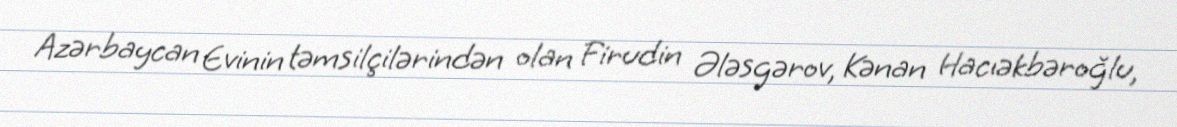
Azərbaycan Evinin təmsilçilərindən olan Firudin Ələsgərov, Kənan Hacıəkbəroğlu,